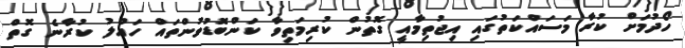
ހޯދުމަށް ކުރާ މަސައްކަތުގައި އިޖުތިމާއީ ގޮތުން ކުރިމަތިވާ ކަންބޮޑުވުންތައް ހައްލު ކުރާނެ ގޮތް